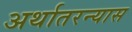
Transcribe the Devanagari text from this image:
अर्थातरन्यास